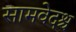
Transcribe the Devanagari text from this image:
सामवेदश्च